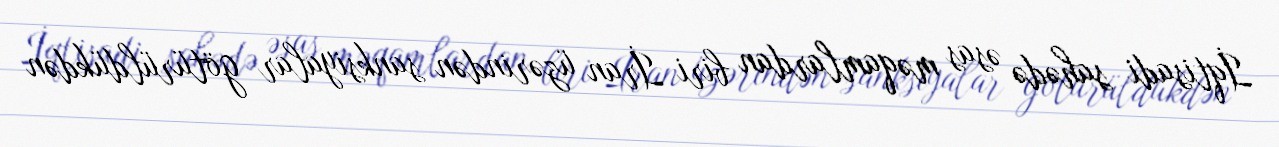
İqtisadi sahədə əsas məqamlardan biri İran üzərindən sanksiyalar götürüldükdən